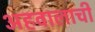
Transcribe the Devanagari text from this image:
अहवालाची